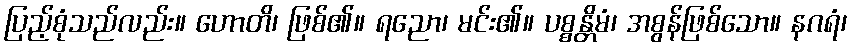
ပြည့်စုံသည်လည်း။ ဟောတိ၊ ဖြစ်၏။ ရညော၊ မင်း၏။ ပစ္စန္တိမံ၊ အစွန်ဖြစ်သော။ နဂရံ၊